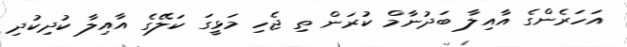
އަހަރެންގެ އާއިލާ ބަދުނާމް ކުރަން ތި ޖެހި މަޅީގަ ކަލޭގެ އާއިލާ ކުދިކުދި